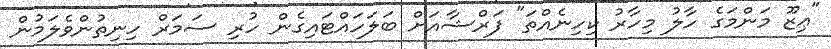
"ޢިޒޫ މަންމަގެ ހާލު މިހާރު ކިހިނެއްތަ" ފަރްޝާއަށް ބަލަހައްޓައިގެން ހުރި ސަމަރް ހިނިތުންވެލަމުން